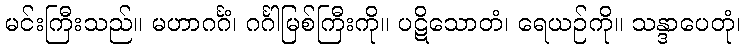
မင်းကြီးသည်။ မဟာဂင်္ဂံ၊ ဂင်္ဂါမြစ်ကြီးကို။ ပဋိသောတံ၊ ရေယဉ်ကို။ သန္ဒာပေတုံ၊